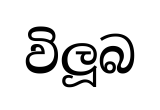
විලූබ